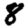
Digit: 8